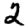
Digit: 2